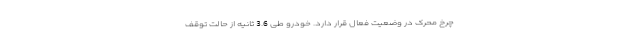
چرخ محرک در وضعیت فعال قرار دارد. خودرو طی 3.6 ثانیه از حالت توقف